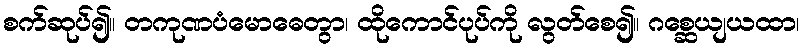
စက်ဆုပ်၍။ တကုဏပံမောဓေတွာ၊ ထိုကောင်ပုပ်ကို လွတ်စေ၍။ ဂစ္ဆေယျယထာ၊